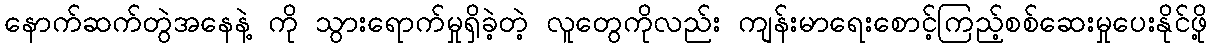
နောက်ဆက်တွဲအနေနဲ့ ကို သွားရောက်မှုရှိခဲ့တဲ့ လူတွေကိုလည်း ကျန်းမာရေးစောင့်ကြည့်စစ်ဆေးမှုပေးနိုင်ဖို့